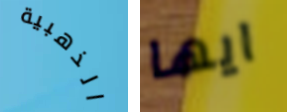
الذهبية ايها